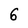
Character: 6